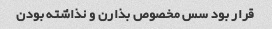
قرار بود سس مخصوص بذارن و نذاشته بودن